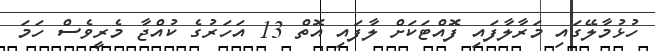
ހުޅުމާލޭގައި މަރާލާފައި ފޮއްޓަކަށް ލާފައި އޮތް 13 އަހަރުގެ ކުއްޖާ މެރީވެސް ހަމަ